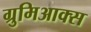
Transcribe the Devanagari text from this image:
ग्रुमिआक्स